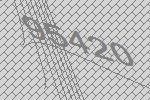
95420